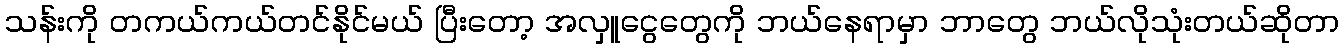
သန်းကို တကယ်ကယ်တင်နိုင်မယ် ပြီးတော့ အလှူငွေတွေကို ဘယ်နေရာမှာ ဘာတွေ ဘယ်လိုသုံးတယ်ဆိုတာ